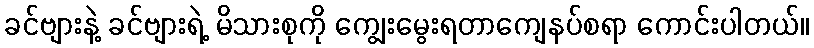
ခင်ဗျားနဲ့ ခင်ဗျားရဲ့ မိသားစုကို ကျွေးမွေးရတာကျေနပ်စရာ ကောင်းပါတယ်။